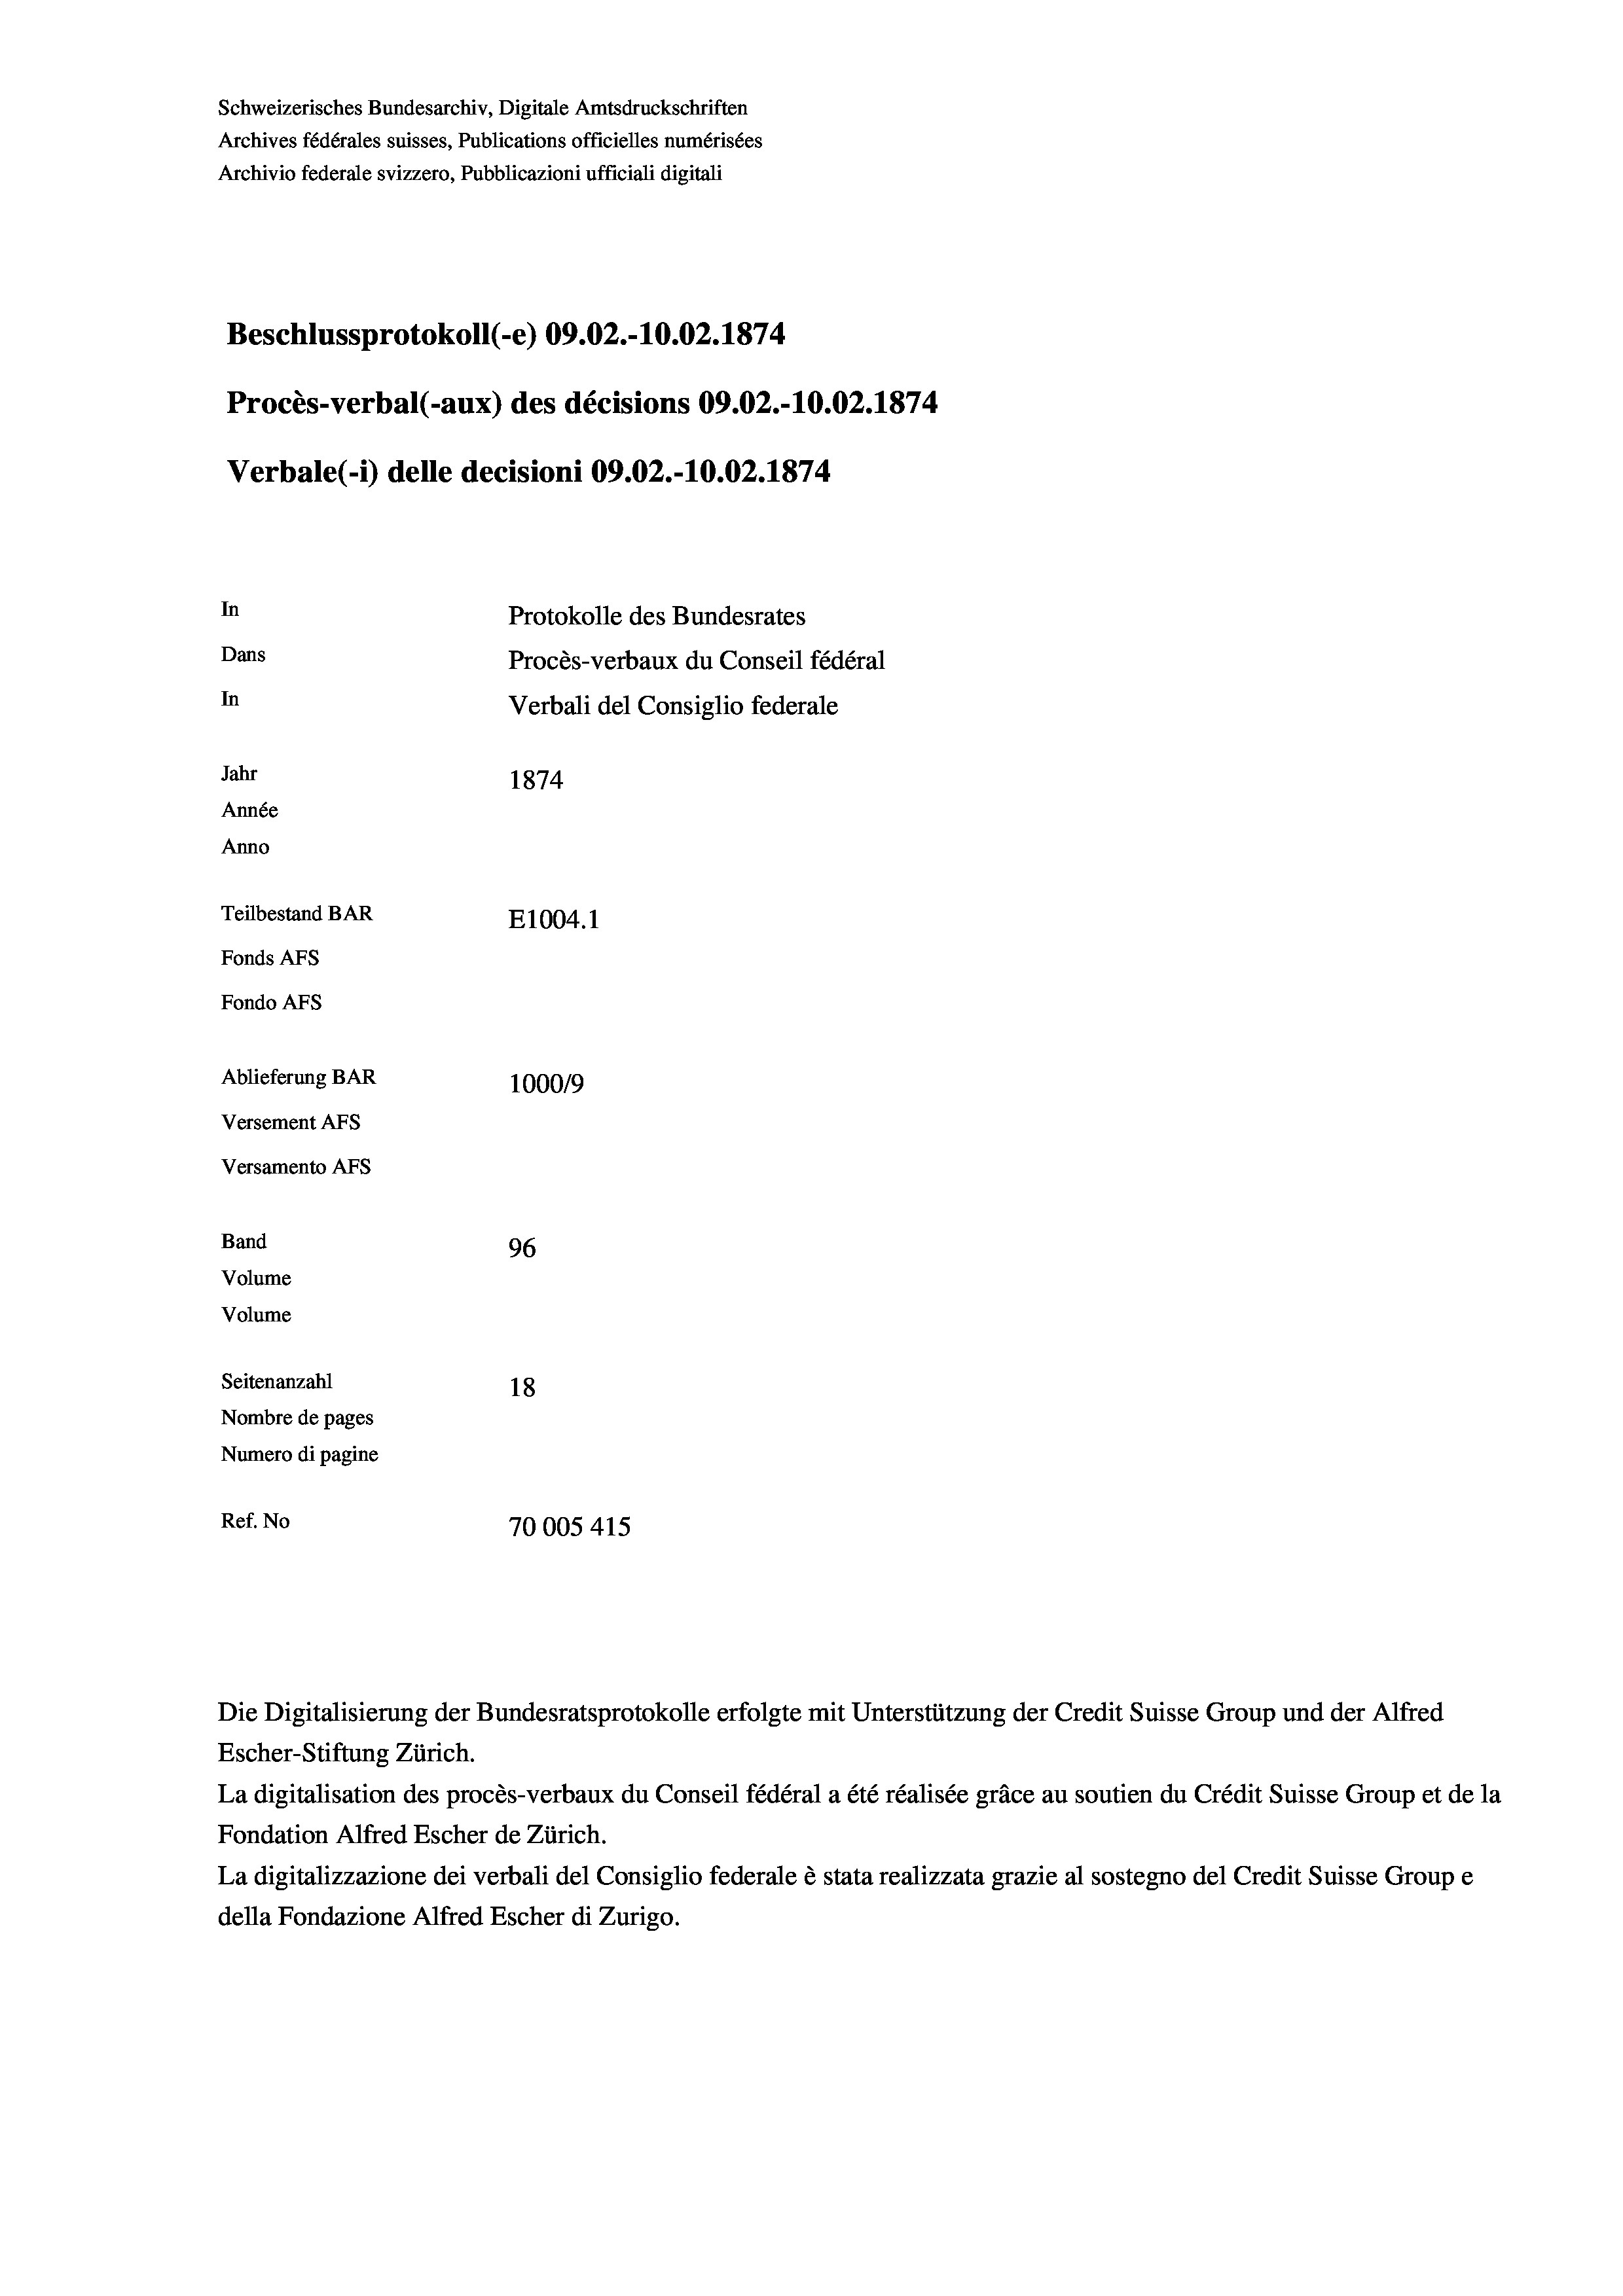
Schweizerisches Bundesarchiv, Digitale Amtsdruckschriften
Archives fédérales suisses, Publications officielles numérisées
Archivio federale svizzero, Pubblicazioni ufficiali digitali
Beschlussprotokoll (-e) 09.02.-10.02. 1874
Procès-verbal (-aux) des décisions 09.02.-10.02. 1874
Verbale(-*) delle decisioni 09.02.-10.02. 1874
In
Protokolle des Bundesrates
Dans
Procès-verbaux du Conseil fédéral
In
Verbali del Consiglio federale
Jahr
1874
Année
Anno
Teilbestand BAR
E1004. 1
Fonds AFs
Fondo Afs
Ablieferung BAR
100019
Versement AFs
Versamento AFs
Band
96
Volume
Volume
Seitenanzahl
18
Nombre de pages
Numero di pagine
Ref. No
70005415.

La digitalisation des procès-verbaux du Conseil fédéral a été réalisée gräce au soutien du Crédit Suisse Group et de la
Fondation Alfred Escher de Zürich.
La digitalizzazione dei verbali del Consiglio federale è stata realizzata grazie al sostegno del Credit Suisse Groupe
della Fondazione Alfred Escher di Zurigo.

Die Digitalisierung der Bundesratsprotokolle erfolgte mit Unterstützung der Credit Suisse Group und der Alfred
Escher-Stiftung Zürich.